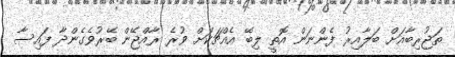
ތަޖުރިބާއަށް ބަލާއިރު ފެންނަން އޮތީ ލިބޭ އެއްޗަކަށް ވުރެ ރާއްޖޭން ބޭރުވެގެންދާ ފައިސާ